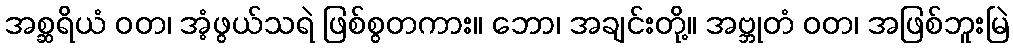
အစ္ဆရိယံ ဝတ၊ အံ့ဖွယ်သရဲ ဖြစ်စွတကား။ ဘော၊ အချင်းတို့။ အဗ္ဘုတံ ဝတ၊ အဖြစ်ဘူးမြဲ